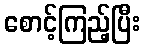
စောင့်ကြည့်ပြီး